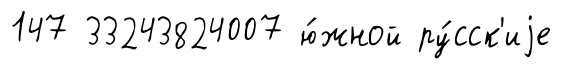
147 33243824007 ю́жной ру́сск'иjе